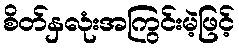
စိတ်နှလုံးအကြွင်းမဲ့ဖြင့်